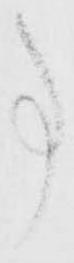
事